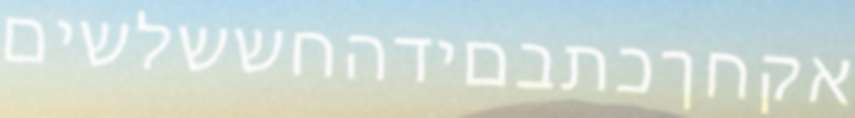
אקחךכתבםידהחששלשים